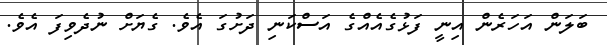
ބަލަން އަހަރެން އިނީ ފަޅުގެއެއްގެ އަސްކަނި ދަށުގަ އެވެ. ގެޔަށް ނުދެވިފަ އެވެ.